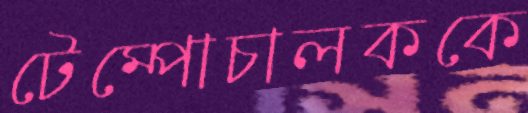
টেম্পোচালককে